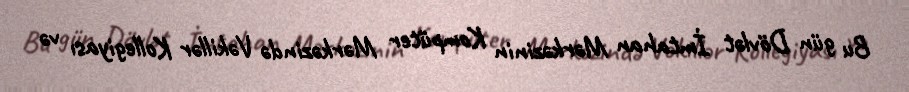
Bu gün Dövlət İmtahan Mərkəzinin Kompüter Mərkəzində Vəkillər Kollegiyası və